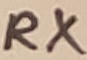
Text: RX